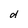
Character: d